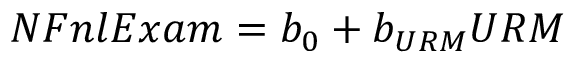
N F n l E x a m = b _ { 0 } + b _ { U R M } U R M